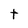
Character: t